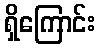
ရှိကြောင်း